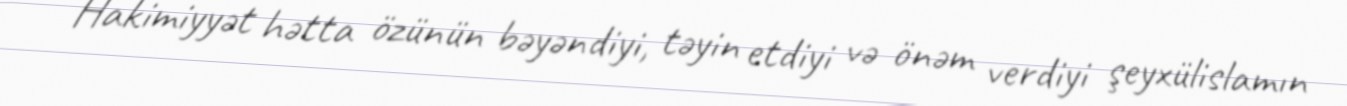
Hakimiyyət hətta özünün bəyəndiyi, təyin etdiyi və önəm verdiyi şeyxülislamın